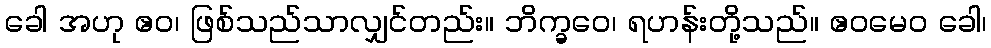
ခေါ အဟု ဧဝ၊ ဖြစ်သည်သာလျှင်တည်း။ ဘိက္ခဝေ၊ ရဟန်းတို့သည်။ ဧဝမေဝ ခေါ၊